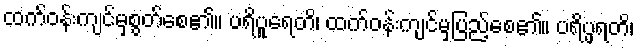
ထက်ဝန်းကျင်မှစွတ်စေ၏။ ပရိပူရေတိ၊ ထက်ဝန်းကျင်မှပြည့်စေ၏။ ပရိပ္ဖရတိ၊